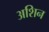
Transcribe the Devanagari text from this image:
अशिन